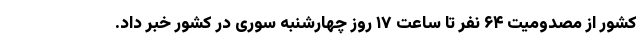
کشور از مصدومیت ۶۴ نفر تا ساعت ١٧ روز چهارشنبه سوری در کشور خبر داد.